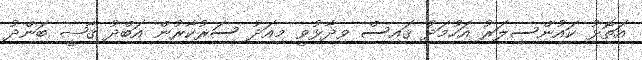
އަތޮޅު ކައުންސިލަރު އަހުމަދު ޤައިސް ވިދާޅުވީ މިއަދު ސަރުކާރުން އަބްދު ޤާޟީ ބަންދު